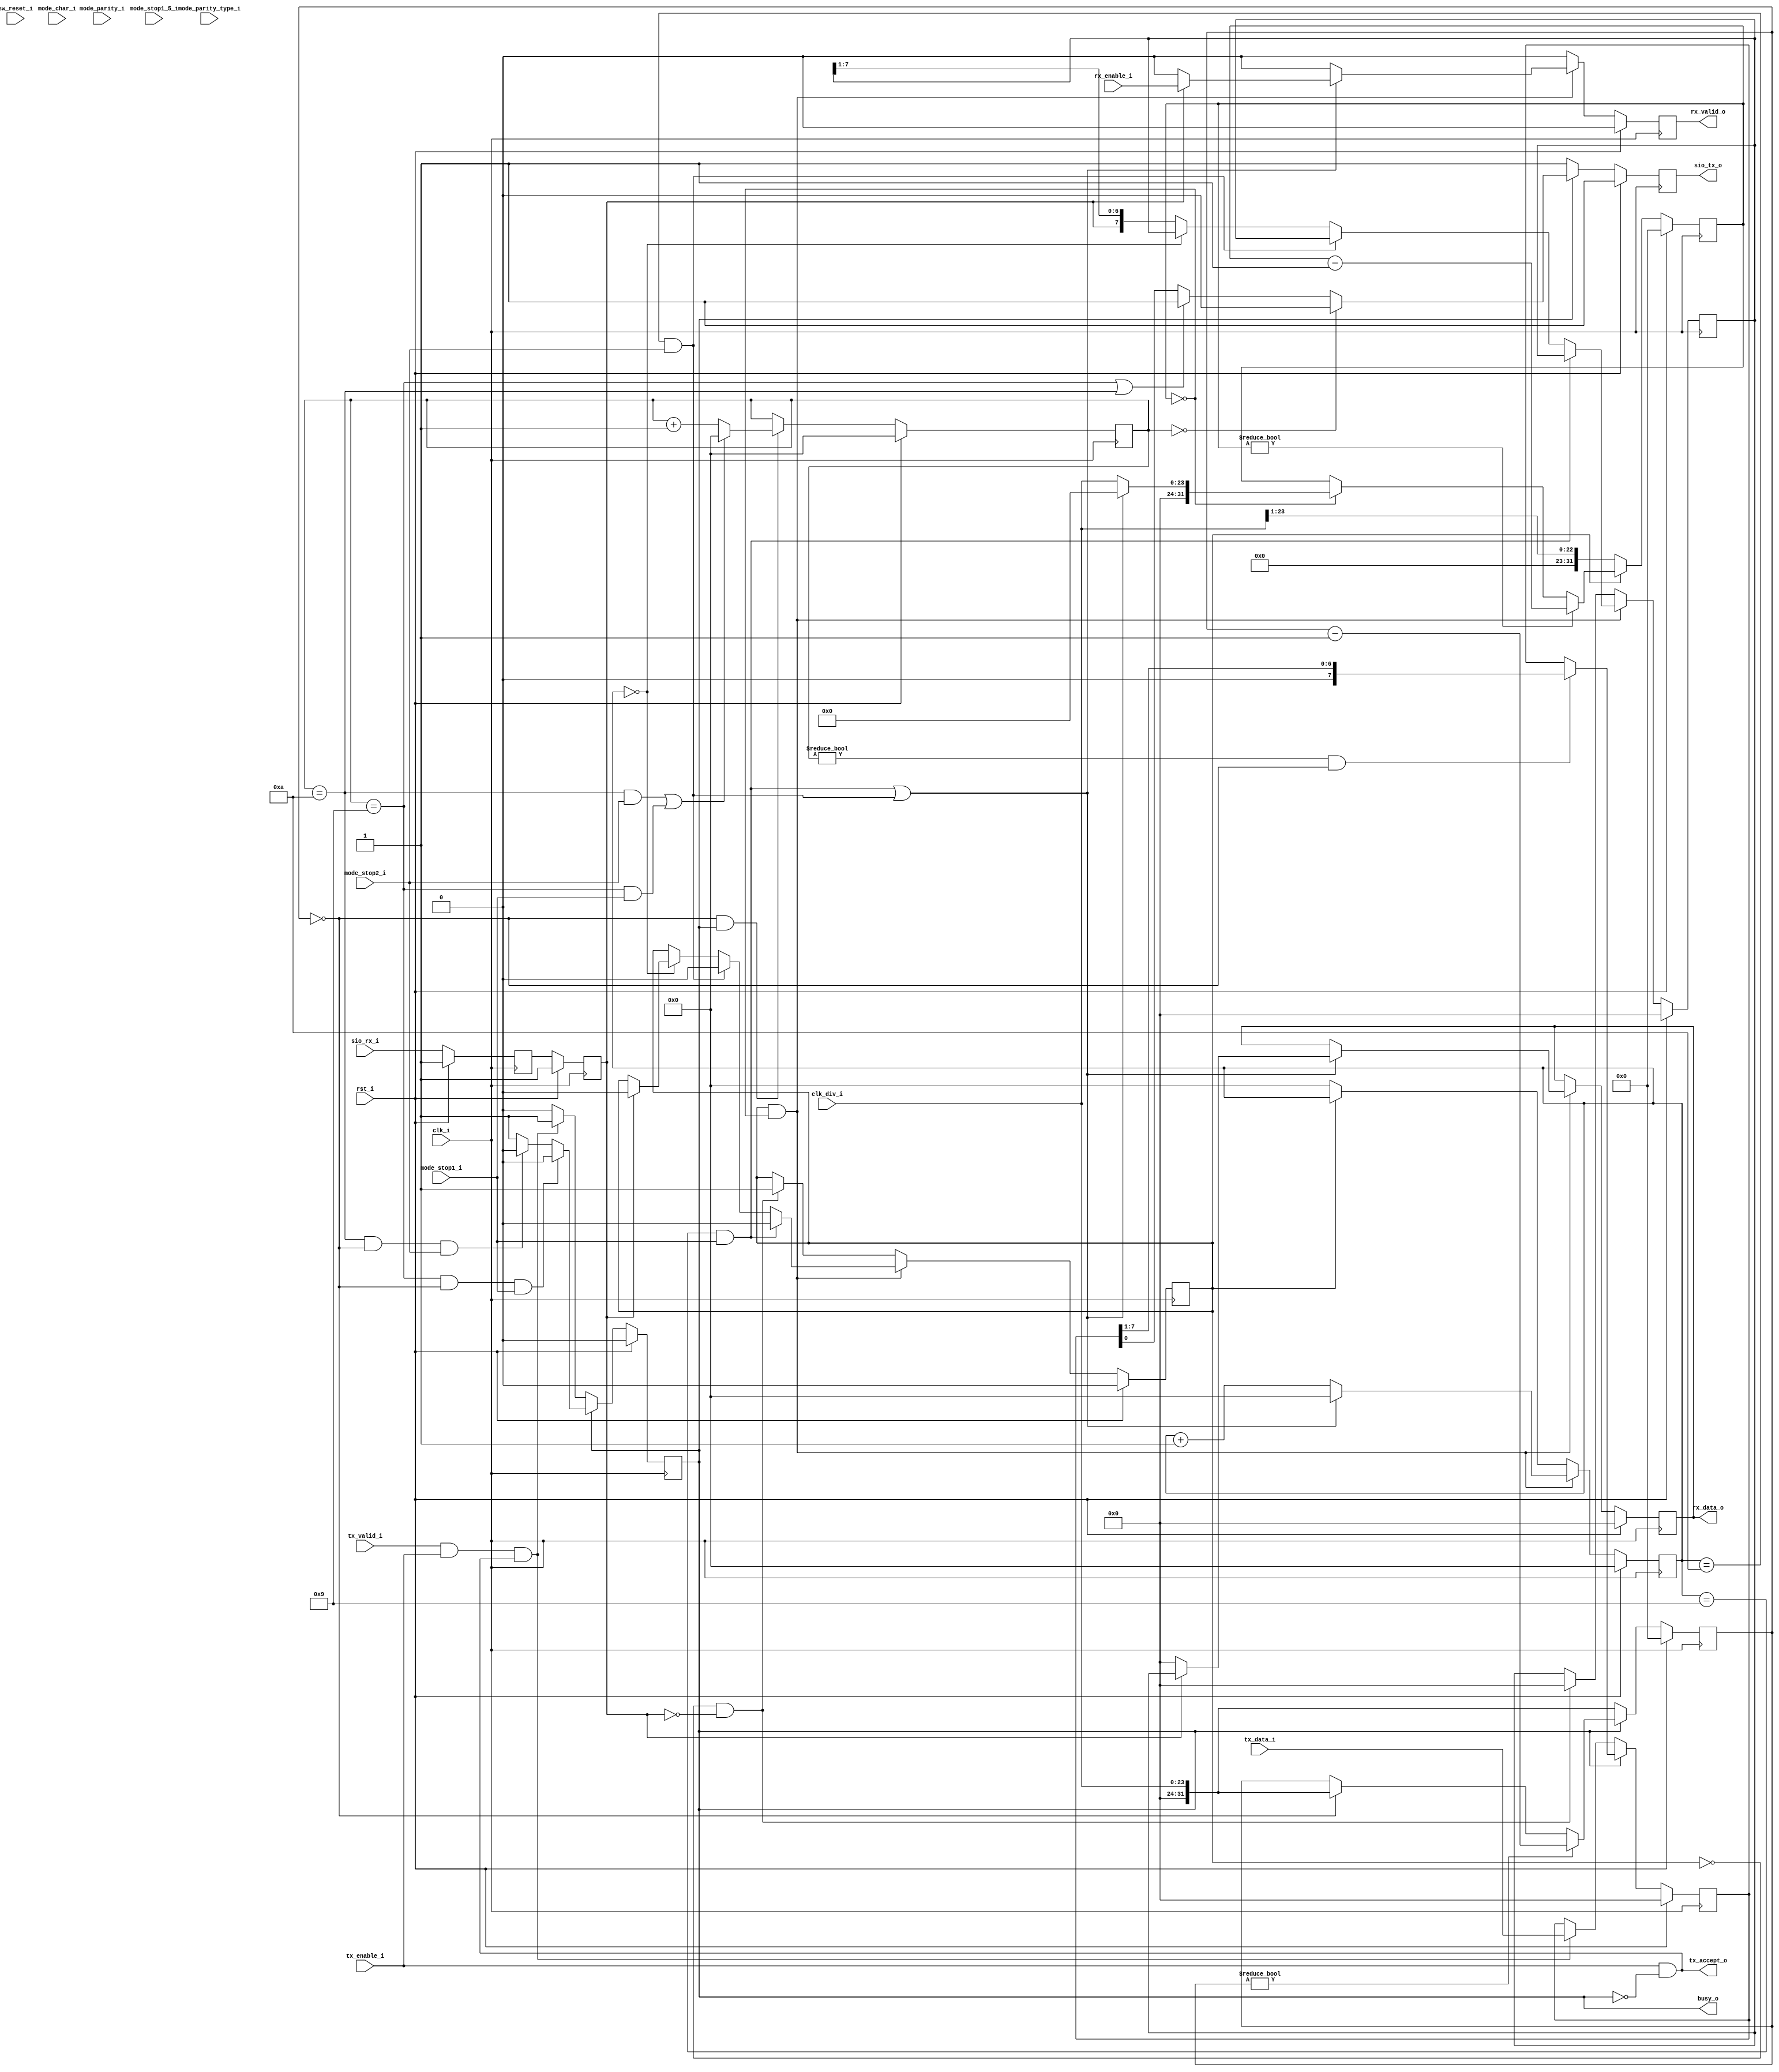
module sio_serial
(
     input              clk_i
    ,input              rst_i

    ,input [23:0]       clk_div_i

    ,input [1:0]        mode_char_i
    ,input              mode_parity_i
    ,input              mode_parity_type_i
    ,input              mode_stop1_i
    ,input              mode_stop1_5_i
    ,input              mode_stop2_i

    ,input              sw_reset_i
    ,input              tx_enable_i
    ,input              rx_enable_i

    ,input              tx_valid_i
    ,input [7:0]        tx_data_i
    ,output             tx_accept_o

    ,output             rx_valid_o
    ,output [7:0]       rx_data_o

    ,output             sio_tx_o
    ,input              sio_rx_i

    ,output             busy_o
);

// TODO: character width
// TODO: parity
// TODO: 1.5 stop bits

localparam   START_BIT = 4'd0;
localparam   STOP_BIT0 = 4'd9;
localparam   STOP_BIT1 = 4'd10;

// Xilinx placement pragmas:
//synthesis attribute IOB of txd_q is "TRUE"

// TX Signals
reg          tx_busy_q;
reg [3:0]    tx_bits_q;
reg [31:0]   tx_count_q;
reg [7:0]    tx_shift_reg_q;
reg          txd_q;

// RX Signals
reg          rxd_q;
reg [7:0]    rx_data_q;
reg [3:0]    rx_bits_q;
reg [31:0]   rx_count_q;
reg [7:0]    rx_shift_reg_q;
reg          rx_ready_q;
reg          rx_busy_q;

//-----------------------------------------------------------------
// Re-sync RXD
//-----------------------------------------------------------------
reg rxd_ms_q;

always @ (posedge clk_i )
if (rst_i)
begin
   rxd_ms_q <= 1'b1;
   rxd_q    <= 1'b1;
end
else
begin
   rxd_ms_q <= sio_rx_i;
   rxd_q    <= rxd_ms_q;
end

//-----------------------------------------------------------------
// RX Clock Divider
//-----------------------------------------------------------------
wire rx_sample_w = (rx_count_q == 32'b0);

always @ (posedge clk_i )
if (rst_i)
    rx_count_q        <= 32'b0;
else
begin
    // Inactive
    if (!rx_busy_q)
        rx_count_q    <= {9'b0, clk_div_i[23:1]};
    // Rx bit timer
    else if (rx_count_q != 0)
        rx_count_q    <= (rx_count_q - 1);
    // Active
    else if (rx_sample_w)
    begin
        // Last bit?
        if ((rx_bits_q == STOP_BIT0 && mode_stop1_i) || (rx_bits_q == STOP_BIT1 && mode_stop2_i))
            rx_count_q    <= 32'b0;
        else
            rx_count_q    <= {8'b0, clk_div_i};
    end
end

//-----------------------------------------------------------------
// RX Shift Register
//-----------------------------------------------------------------
always @ (posedge clk_i )
if (rst_i)
begin
    rx_shift_reg_q <= 8'h00;
    rx_busy_q      <= 1'b0;
end
// Rx busy
else if (rx_busy_q && rx_sample_w)
begin
    // Last bit?
    if (rx_bits_q == STOP_BIT0 && mode_stop1_i)
        rx_busy_q <= 1'b0;
    else if (rx_bits_q == STOP_BIT1 && mode_stop2_i)
        rx_busy_q <= 1'b0;
    else if (rx_bits_q == START_BIT)
    begin
        // Start bit should still be low as sampling mid
        // way through start bit, so if high, error!
        if (rxd_q)
            rx_busy_q <= 1'b0;
    end
    // Rx shift register
    else 
        rx_shift_reg_q <= {rxd_q, rx_shift_reg_q[7:1]};
end
// Start bit?
else if (!rx_busy_q && rxd_q == 1'b0)
begin
    rx_shift_reg_q <= 8'h00;
    rx_busy_q      <= 1'b1;
end

always @ (posedge clk_i )
if (rst_i)
    rx_bits_q  <= START_BIT;
else if (rx_sample_w && rx_busy_q)
begin
    if ((rx_bits_q == STOP_BIT1 && mode_stop2_i) || (rx_bits_q == STOP_BIT0 && mode_stop1_i))
        rx_bits_q <= START_BIT;
    else
        rx_bits_q <= rx_bits_q + 4'd1;
end
else if (!rx_busy_q)
    rx_bits_q  <= START_BIT;

//-----------------------------------------------------------------
// RX Data
//-----------------------------------------------------------------
always @ (posedge clk_i )
if (rst_i)
begin
   rx_ready_q      <= 1'b0;
   rx_data_q       <= 8'h00;
end
else
begin
   rx_ready_q      <= 1'b0;

   if (rx_busy_q && rx_sample_w)
   begin
       // Stop bit
       if ((rx_bits_q == STOP_BIT1 && mode_stop2_i) || (rx_bits_q == STOP_BIT0 && mode_stop1_i))
       begin
           // RXD should be still high
           if (rxd_q)
           begin
               rx_data_q      <= rx_shift_reg_q;
               rx_ready_q     <= rx_enable_i;
           end
           // Bad Stop bit - wait for a full bit period
           // before allowing start bit detection again
           else
           begin
               rx_ready_q      <= 1'b0;
               rx_data_q       <= 8'h00;
           end
       end
   end
end

assign rx_valid_o = rx_ready_q;
assign rx_data_o  = rx_data_q;

//-----------------------------------------------------------------
// TX Clock Divider
//-----------------------------------------------------------------
wire tx_sample_w = (tx_count_q == 32'b0);

always @ (posedge clk_i )
if (rst_i)
    tx_count_q      <= 32'b0;
else
begin
    // Idle
    if (!tx_busy_q)
        tx_count_q  <= {8'b0, clk_div_i};
    // Tx bit timer
    else if (tx_count_q != 0)
        tx_count_q  <= (tx_count_q - 1);
    else if (tx_sample_w)
        tx_count_q  <= {8'b0, clk_div_i};
end

//-----------------------------------------------------------------
// TX Shift Register
//-----------------------------------------------------------------
reg tx_complete_q;

always @ (posedge clk_i )
if (rst_i)
begin
    tx_shift_reg_q <= 8'h00;
    tx_busy_q      <= 1'b0;
    tx_complete_q  <= 1'b0;
end
// Tx busy
else if (tx_busy_q)
begin
    // Shift tx data
    if (tx_bits_q != START_BIT && tx_sample_w)
        tx_shift_reg_q <= {1'b0, tx_shift_reg_q[7:1]};

    // Last bit?
    if (tx_bits_q == STOP_BIT0 && tx_sample_w && mode_stop1_i)
    begin
        tx_busy_q      <= 1'b0;
        tx_complete_q  <= 1'b1;
    end
    else if (tx_bits_q == STOP_BIT1 && tx_sample_w && mode_stop2_i)
    begin
        tx_busy_q      <= 1'b0;
        tx_complete_q  <= 1'b1;
    end
end
else if (tx_valid_i && tx_enable_i && tx_accept_o)
begin
    tx_shift_reg_q <= tx_data_i;
    tx_busy_q      <= 1'b1;
    tx_complete_q  <= 1'b0;
end
else
    tx_complete_q  <= 1'b0;

assign tx_accept_o = tx_enable_i & ~tx_busy_q;

always @ (posedge clk_i )
if (rst_i)
    tx_bits_q  <= 4'd0;
else if (tx_sample_w && tx_busy_q)
begin
    if ((tx_bits_q == STOP_BIT1 && mode_stop2_i) || (tx_bits_q == STOP_BIT0 && mode_stop1_i))
        tx_bits_q <= START_BIT;
    else
        tx_bits_q <= tx_bits_q + 4'd1;
end

//-----------------------------------------------------------------
// UART Tx Pin
//-----------------------------------------------------------------
reg txd_r;

always @ *
begin
    txd_r = 1'b1;

    if (tx_busy_q)
    begin
        // Start bit (TXD = L)
        if (tx_bits_q == START_BIT)
            txd_r = 1'b0;
        // Stop bits (TXD = H)
        else if (tx_bits_q == STOP_BIT0 || tx_bits_q == STOP_BIT1)
            txd_r = 1'b1;
        // Data bits
        else
            txd_r = tx_shift_reg_q[0];
    end
end

always @ (posedge clk_i )
if (rst_i)
    txd_q <= 1'b1;
else
    txd_q <= txd_r;

assign sio_tx_o = txd_q;

assign busy_o   = tx_busy_q;

endmodule